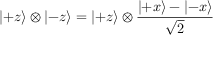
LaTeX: \left| + z \right\rangle \otimes \left| - z \right\rangle = \left| + z \right\rangle \otimes { \frac { \left| + x \right\rangle - \left| - x \right\rangle } { \sqrt { 2 } } }